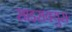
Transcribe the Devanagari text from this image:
साइराक्युस